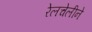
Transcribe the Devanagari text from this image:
रेलचेलीने